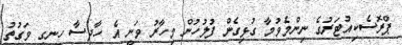
ޕްރޮސެކިއުޓަރުގެ ނިންމެވުމާ ގުޅިގެން ފުލުހުން މިހާރު ވަނީ އެ ހާދިސާ ހިނގި ވަގުތު